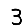
Digit: 3